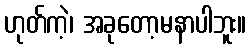
ဟုတ်ကဲ့၊ အခုတော့မနာပါဘူး။